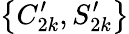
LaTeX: \big\{ C_{2k}^{\prime},S_{2k}^{\prime}\big\}